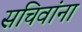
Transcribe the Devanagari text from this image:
सचिवांना